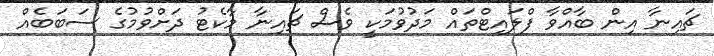
ޗައިނާ އިން ބާއްވާ ފްލައިޓްތައް މަދުވުމަކީ ވެސް ޗައިނާ މާކެޓު ދަށްވުމުގެ ސަބަބެއް